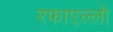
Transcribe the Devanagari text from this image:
रफाएल्लो